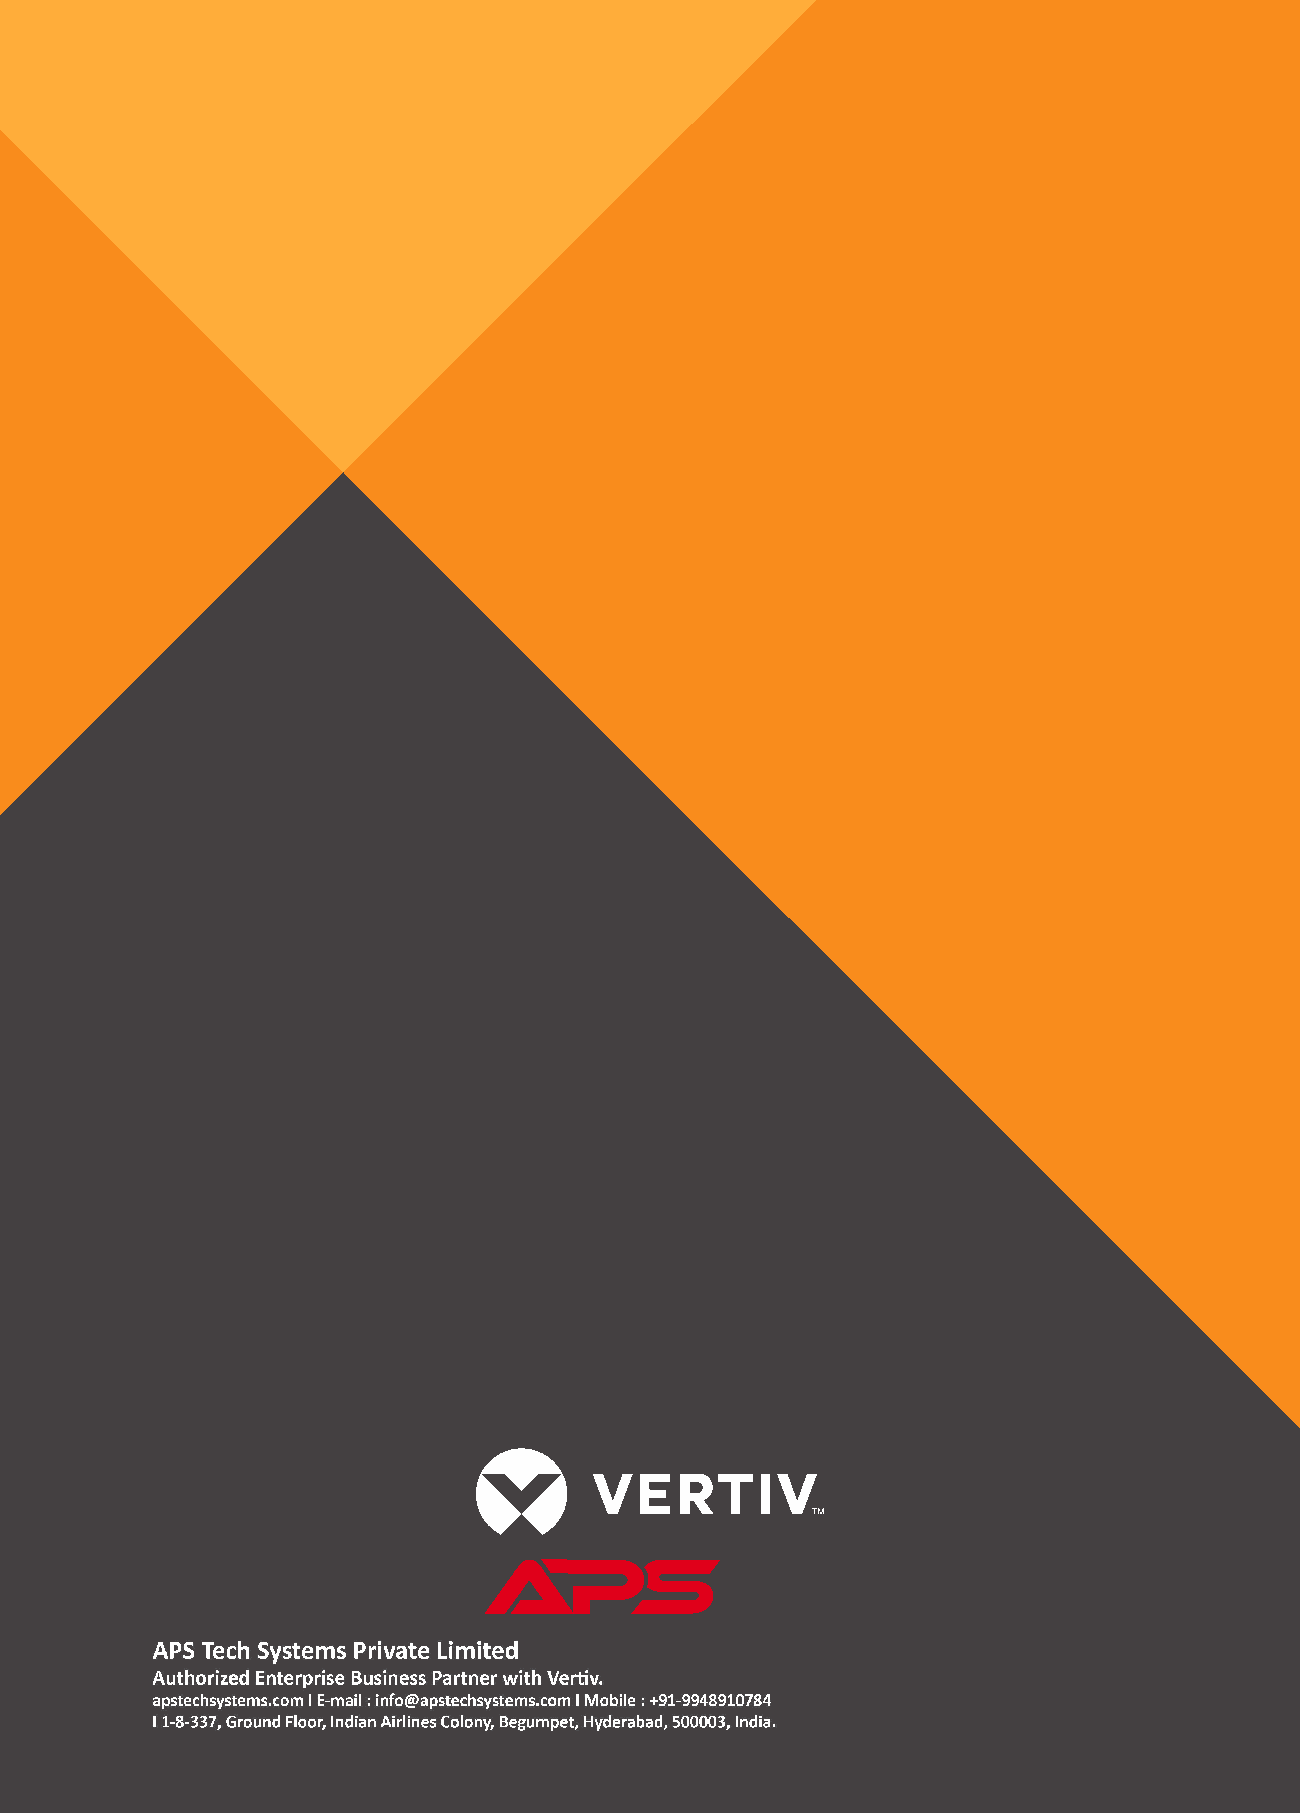
VertivCo.com I E-mail : marketing.india@vertivco.com I Toll free : 1-800-2096070
 Vertiv Energy Private Limited I Plot C-20, Rd No.19, Wagle Ind Estate, Thane (W), 400604. India
 © 2018 Vertiv Co. All rights reserved.